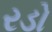
રડો